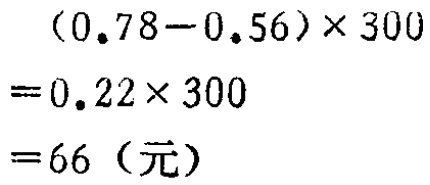
\((0.78 - 0.56)\times300\)
\(= 0.22\times300\)
\(= 66\)（元）